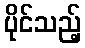
ပိုင်သည့်